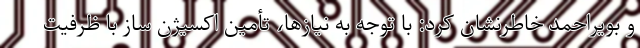
و بویراحمد خاطرنشان کرد: با توجه به نیازها، تأمین اکسیژن ساز با ظرفیت